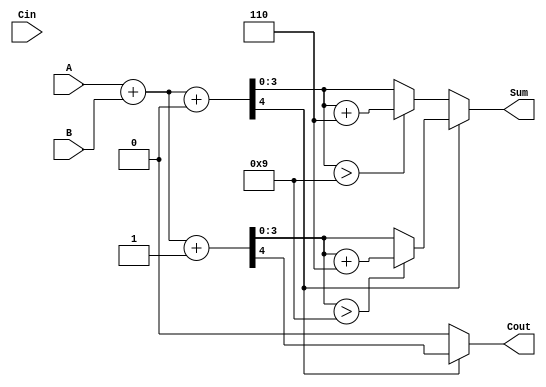
module BCD_MCSA (
    input [3:0] A,         // BCD input A
    input [3:0] B,         // BCD input B
    input Cin,             // Carry-in
    output reg [3:0] Sum,  // BCD output sum
    output reg Cout        // Carry-out
);

// Intermediate signals for sums and carries
wire [4:0] sum_path0;   // A + B + 0
wire [4:0] sum_path1;   // A + B + 1
wire carry_out_path0;    // Carry-out for path0
wire carry_out_path1;    // Carry-out for path1

// BCD addition logic
assign sum_path0 = A + B + 0; // Path 0: A + B + 0
assign sum_path1 = A + B + 1; // Path 1: A + B + 1

assign carry_out_path0 = sum_path0[4]; // Get carry-out for path0
assign carry_out_path1 = sum_path1[4]; // Get carry-out for path1

// BCD correction logic
wire [4:0] corrected_sum_path0;
wire [4:0] corrected_sum_path1;

assign corrected_sum_path0 = (sum_path0[3:0] > 4'b1001) ? (sum_path0 + 5'b00110) : sum_path0; // correction for path0
assign corrected_sum_path1 = (sum_path1[3:0] > 4'b1001) ? (sum_path1 + 5'b00110) : sum_path1; // correction for path1

// MUX to select correct path based on carry out
always @(*) begin
    if (carry_out_path0) begin
        Sum = corrected_sum_path1[3:0];
        Cout = carry_out_path1; // Carry out from path1
    end else begin
        Sum = corrected_sum_path0[3:0];
        Cout = carry_out_path0; // Carry out from path0
    end
end

endmodule